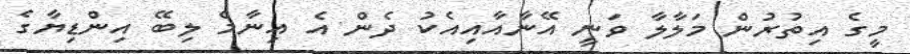
މީގެ އިތުރުން މަލާލާ ވަނީ އޭނާއާއިިއެކު ދެން އެ އިނާމް ލިބޭ އިންޑިޔާގެ